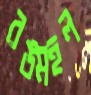
রঙমহল